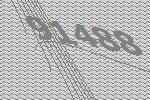
91488